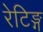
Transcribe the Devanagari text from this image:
रेटिङ्ग